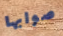
صوابها